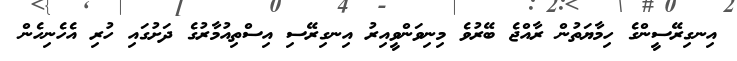
އިނގިރޭސީންގެ ހިމާޔަތުން ރާއްޖެ ބޭރުވެ މިނިވަންވީއިރު އިނގިރޭސި އިސްތިއުމާރުގެ ދަށުގައި ހުރި އެހެނިހެން